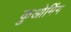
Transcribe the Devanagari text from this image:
कुओमिंग